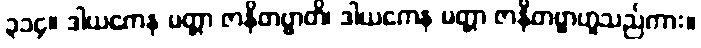
၃၁၄။ ဒါယကေန မတ္တာ ဇာနိတဗ္ဗာတိ၊ ဒါယကေန မတ္တာ ဇာနိတဗ္ဗာဟူသည်ကား။